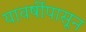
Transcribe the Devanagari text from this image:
यावर्षीपासून